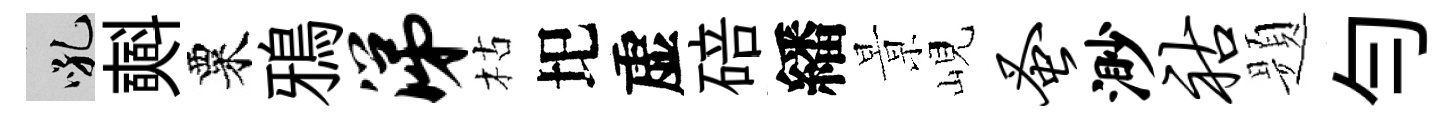
吼𣂏粟鴉涕枯圯虚碚繙㬌峴蚤渺祜题勻